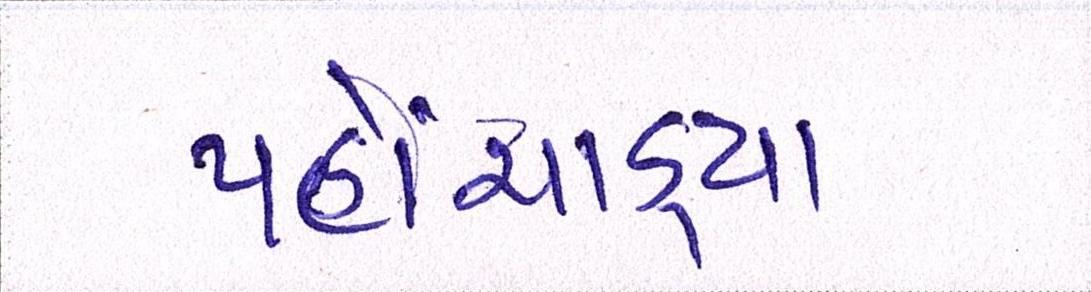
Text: પહોંચાડ્યા